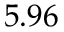
5 . 9 6